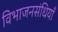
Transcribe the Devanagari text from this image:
विभाजनसंधियाँ